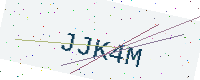
Text: JJK4M